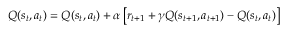
Q ( s _ { t } , a _ { t } ) = Q ( s _ { t } , a _ { t } ) + \alpha \left[ r _ { t + 1 } + \gamma Q ( s _ { t + 1 } , a _ { t + 1 } ) - Q ( { s _ { t } , a _ { t } } ) \right]